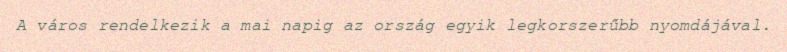
A város rendelkezik a mai napig az ország egyik legkorszerűbb nyomdájával.